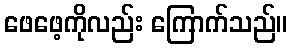
ဖေဖေ့ကိုလည်း ကြောက်သည်။